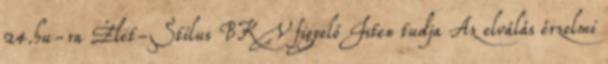
24.hu-ra Élet-Stílus BKV figyelő Isten tudja Az elválás érzelmi